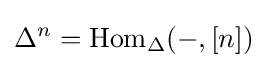
\Delta ^{n}=\operatorname {Hom} _{\Delta }(-,[n])